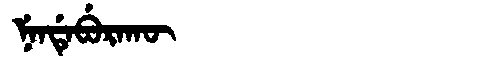
Manchu: ᠨᡝᠨᡩᡝᠪᡠᡵᠠᡴᡡ
Romanization: NENDEBURAKŪ